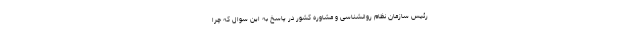
رئیس سازمان نظام روانشناسی و مشاوره کشور در پاسخ به این سوال که چرا